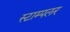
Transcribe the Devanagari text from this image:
स्टाम्पलर